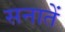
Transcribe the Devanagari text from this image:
सनातें